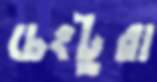
চেংটুরা